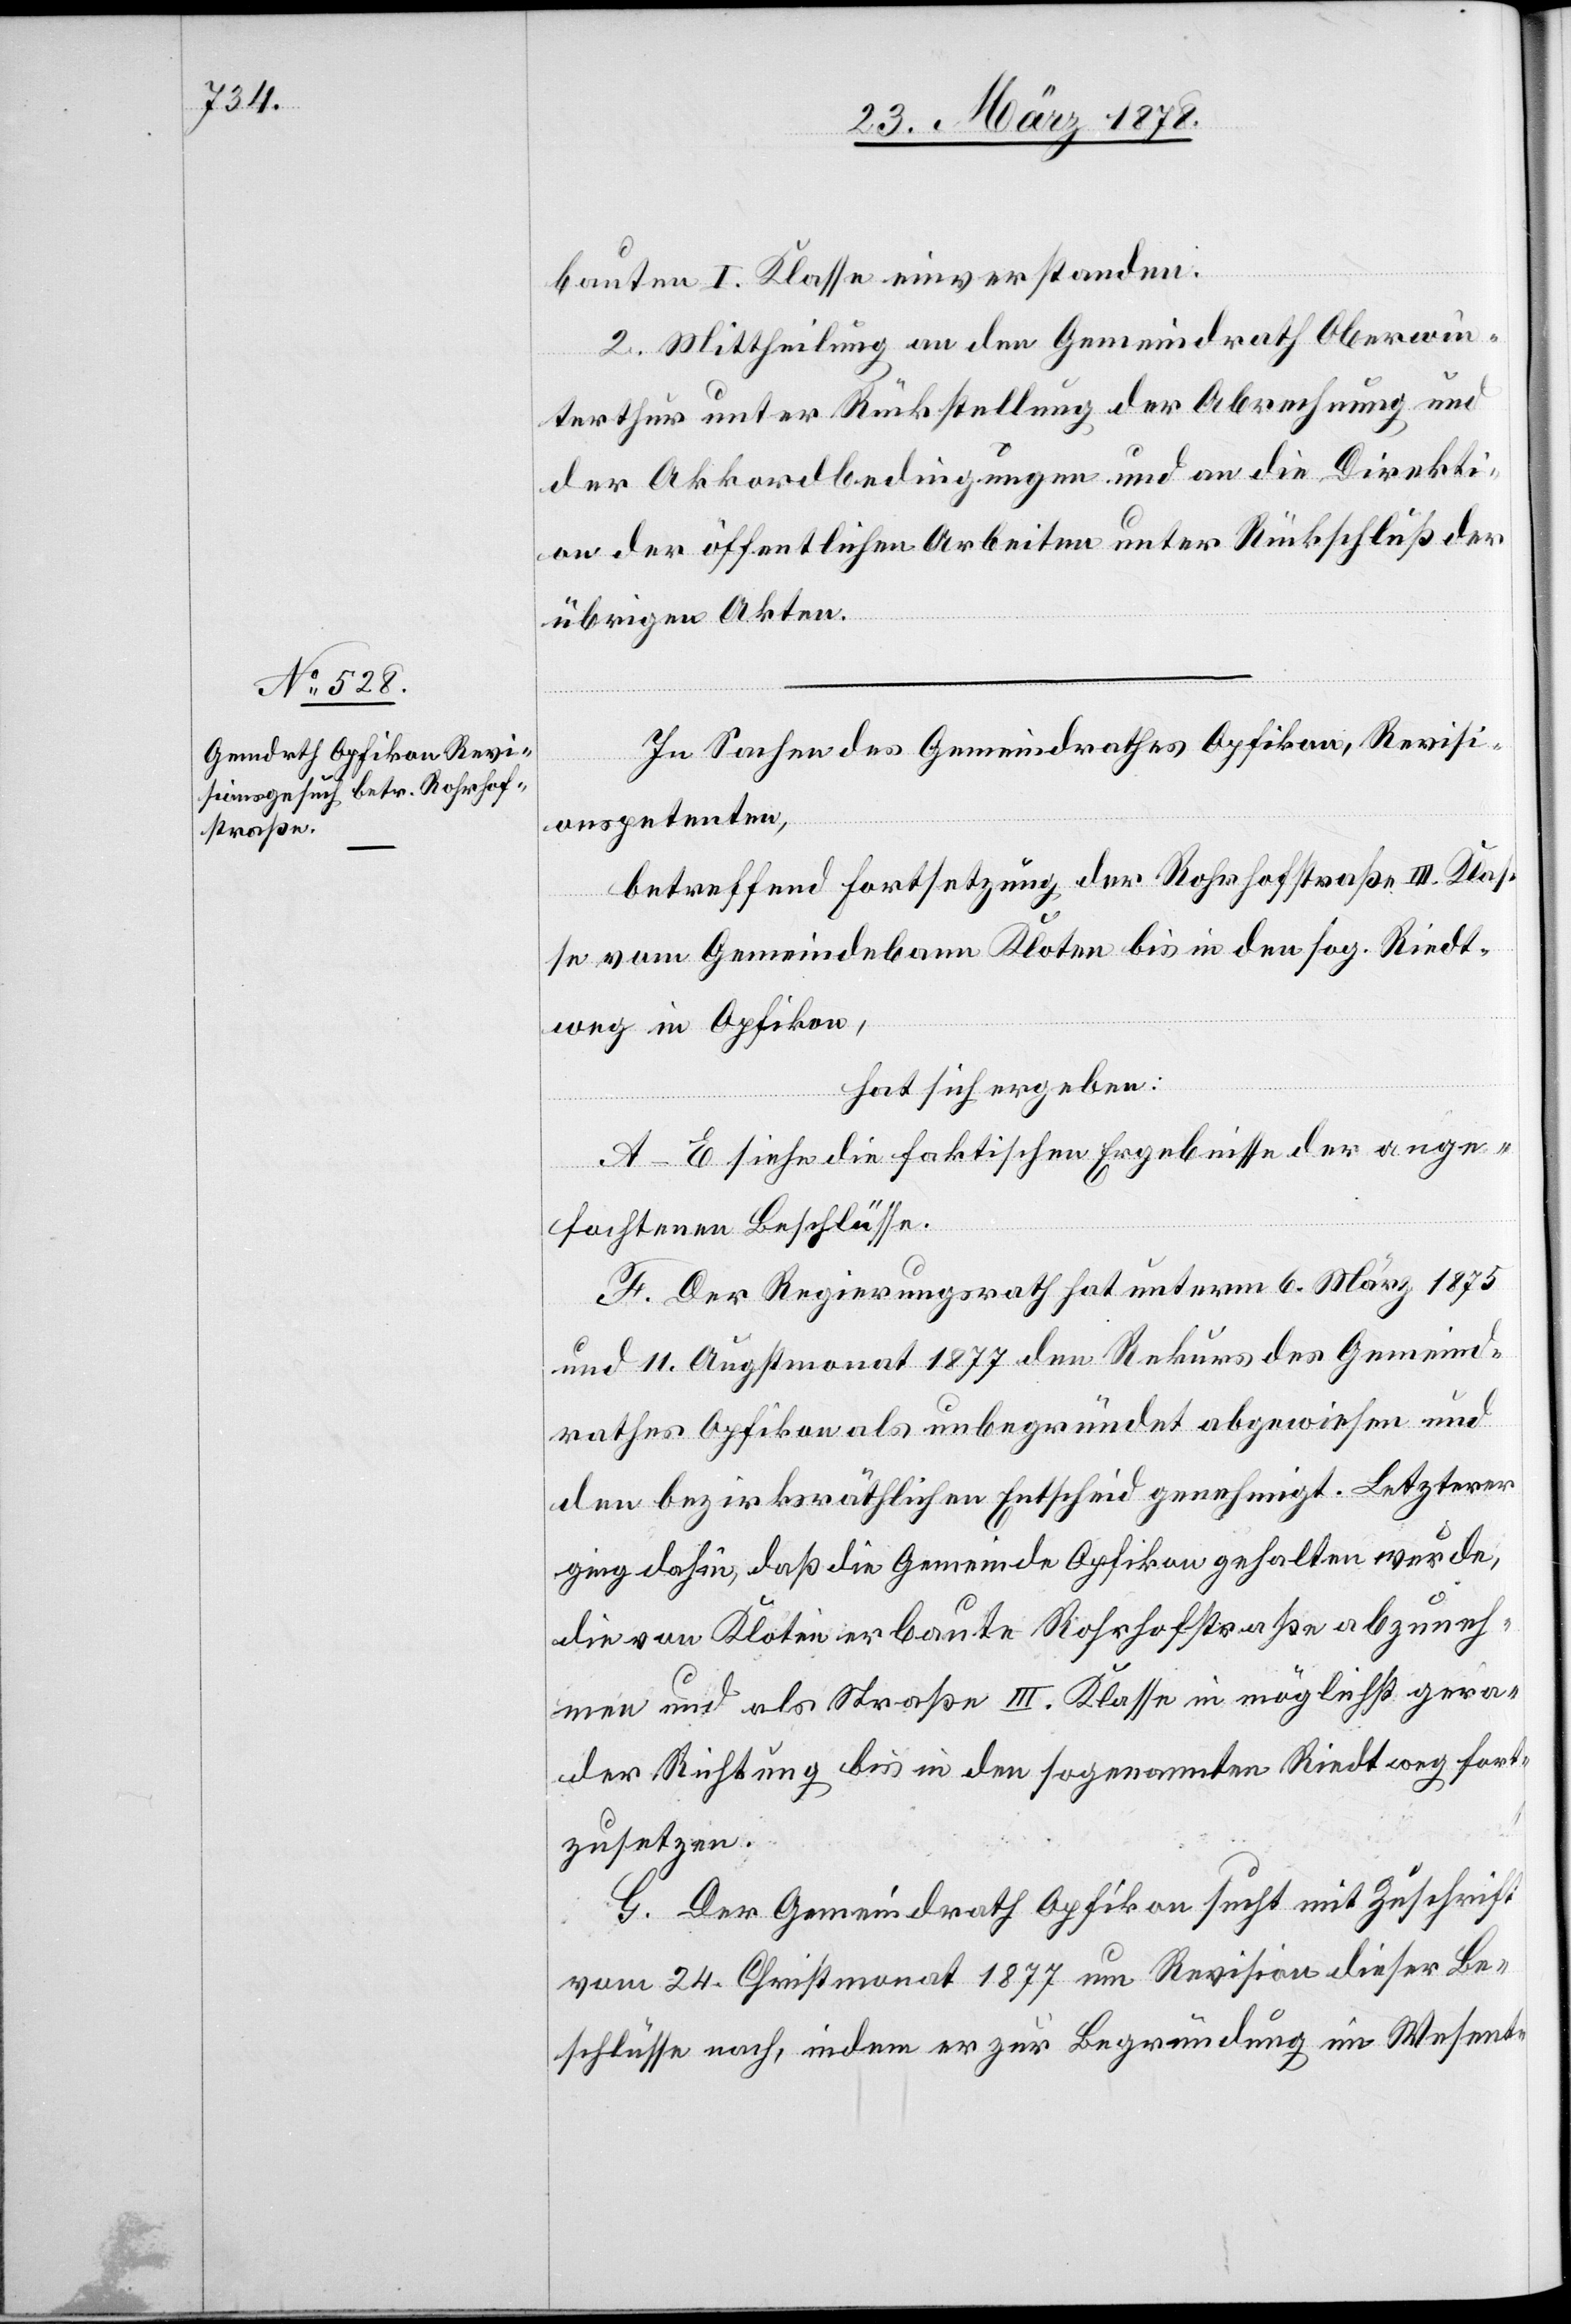
bauten I. Klasse einverstanden.
2. Mittheilung an den Gemeindrath Oberwin¬
terthur unter Rückstellung der Abrechnung und
der Akkordbedingungen und an die Direkti¬
on der öffentlichen Arbeiten unter Rückschluß der
übrigen Akten.
In Sachen des Gemeindrathes Opfikon, Revisi¬
onspetenten,
betreffend Fortsetzung der Rohrhofstraße III. Klas¬
se vom Gemeindebann Kloten bis in den sog. Riedt¬
weg in Opfikon,
hat sich ergeben:
A–E siehe die faktischen Ergebnisse der ange¬
fochtenen Beschlüsse.
F. Der Regierungsrath hat unterm 6. März 1875
und 11. Augstmonat 1877 den Rekurs des Gemeind¬
rathes Opfikon als unbegründet abgewiesen und
den bezirksräthlichen Entscheid genehmigt. Letzterer
ging dahin, daß die Gemeinde Opfikon gehalten wurde,
die von Kloten erbaute Rohrhofstraße abzuneh¬
men und als Straße III. Klasse in möglichst gera¬
der Richtung bis in den sogenannten Riedtweg fort¬
zusetzen.
G. Der Gemeindrath Opfikon sucht mit Zuschrift
vom 24. Christmonat 1877 um Revision dieser Be¬
schlüsse nach, indem er zur Begründung im Wesent-